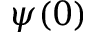
\psi ( 0 )